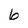
Character: 6